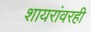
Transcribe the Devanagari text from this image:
शायरांवरही